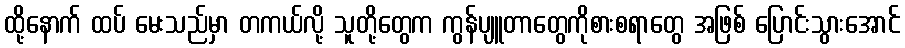
ထို့နောက် ထပ် မေးသည်မှာ တကယ်လို့ သူတို့တွေက ကွန်ပျူတာတွေကိုစားစရာတွေ အဖြစ် ပြောင်းသွားအောင်